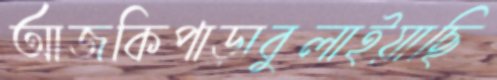
আজকিপাড়াবুলাইয়াছি